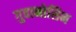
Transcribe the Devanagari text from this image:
गुवानोसिन